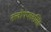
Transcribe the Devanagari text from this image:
तत्त्वोपप्लवसिंह